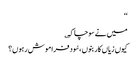
‘‘
میں نے سوچا کہ ؎
کیوں زیاں کار بنوں ،سُود فراموش رہوں؟